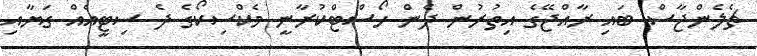
ޗެލެންޖާސް ބައި ރާއްޖޭގެ އިތުރުން ދެން ހޯސްޓްކުރާނީ މެކްސިކޯގެ ދެ ސިޓީއެއް ގަޔާއި